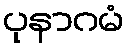
ပုနာဂမံ